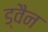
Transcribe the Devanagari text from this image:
ड्वैन